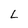
Character: L